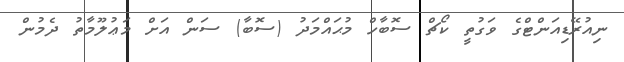
ނިއުރޭޑިއަންޓްގެ ވަގުތީ ކޯޗް ސޮބާހް މުޙައްމަދު (ސޮބާ) ސަން އަށް މަޢުލޫމާތު ދެމުން